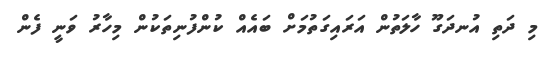
މި ދަތި އުނދަގޫ ހާލަތުން އަރައިގަތުމަށް ބައެއް ކުންފުނިތަކުން މިހާރު ވަނީ ފެން